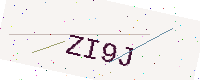
Text: ZI9J